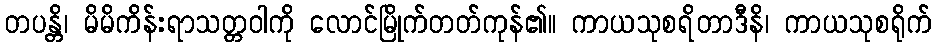
တပန္တိ၊ မိမိကိန်းရာသတ္တဝါကို လောင်မြိုက်တတ်ကုန်၏။ ကာယသုစရိတာဒီနိ၊ ကာယသုစရိုက်